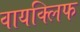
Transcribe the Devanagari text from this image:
वायक्लिफ